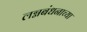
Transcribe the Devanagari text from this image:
लग्नबंधनाच्या